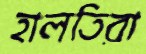
হালতিরা